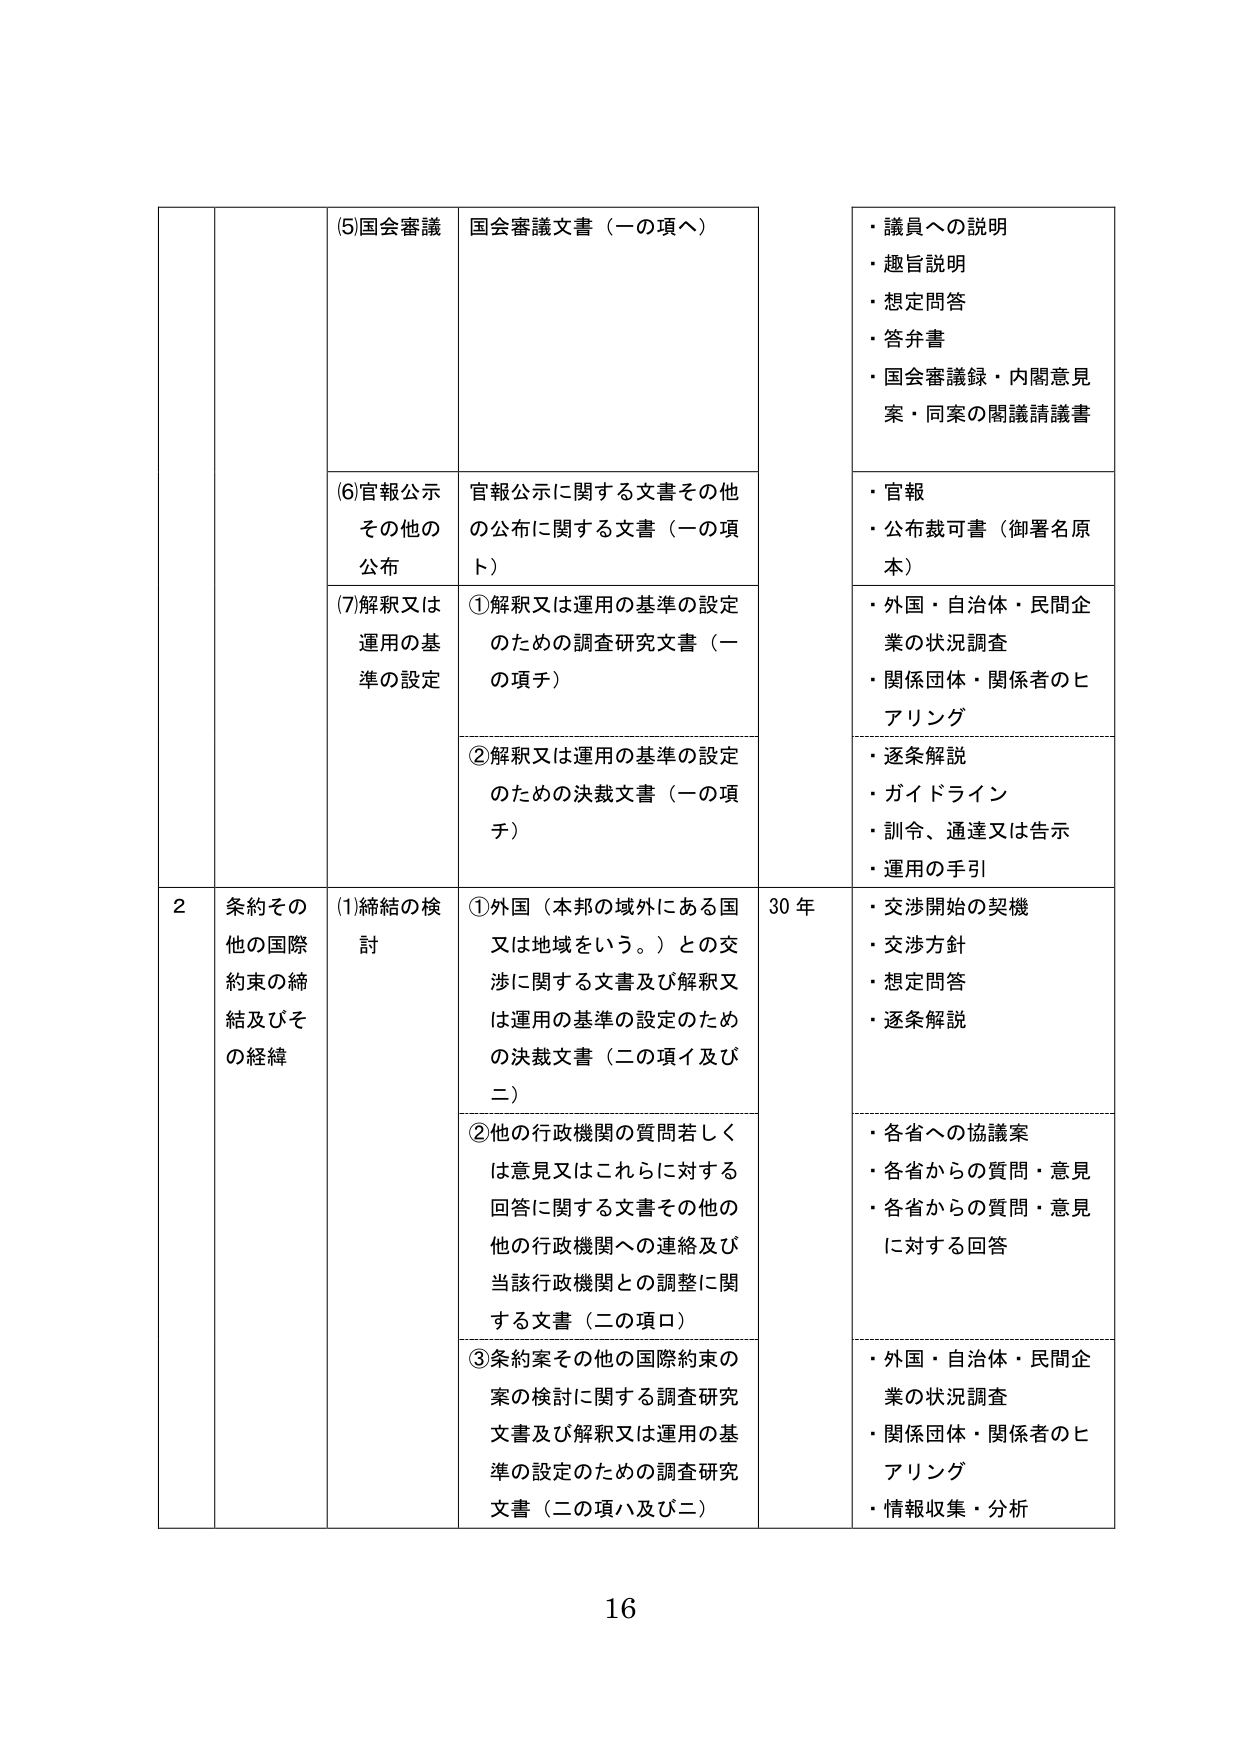
(5)国会審議　国会審議文書（一の項へ）
・議員への説明
・趣旨説明
・想定問答
・答弁書
・国会審議録・内閣意見案・同案の閣議請議書

(6)官報公示　その他の公布　官報公示に関する文書その他
の公布に関する文書（一の項ト）
・官報
・公布裁可書（御署名原本）

(7)解釈又は運用の基準の設定
①解釈又は運用の基準の設定のための調査研究文書（一の項チ）
・外国・自治体・民間企業の状況調査
・関係団体・関係者のヒアリング

②解釈又は運用の基準の設定のための決裁文書（一の項チ）
・逐条解説
・ガイドライン
・訓令、通達又は告示
・運用の手引

2　条約その他の国際約束の締結及びその経緯
(1)締結の検討
①外国（本邦の域外にある国又は地域をいう。）との交渉に関する文書及び解釈又は運用の基準の設定のための決裁文書（二の項イ及び二）
30年
・交渉開始の契機
・交渉方針
・想定問答
・逐条解説

②他の行政機関の質問若しくは意見又はこれらに対する回答に関する文書その他の他の行政機関への連絡及び当該行政機関との調整に関する文書（二の項ロ）
・各省への協議案
・各省からの質問・意見
・各省からの質問・意見に対する回答

③条約案その他の国際約束の案の検討に関する調査研究文書及び解釈又は運用の基準の設定のための調査研究文書（二の項ハ及び二）
・外国・自治体・民間企業の状況調査
・関係団体・関係者のヒアリング
・情報収集・分析

16